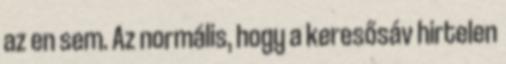
az en sem. Az normális, hogy a keresősáv hirtelen